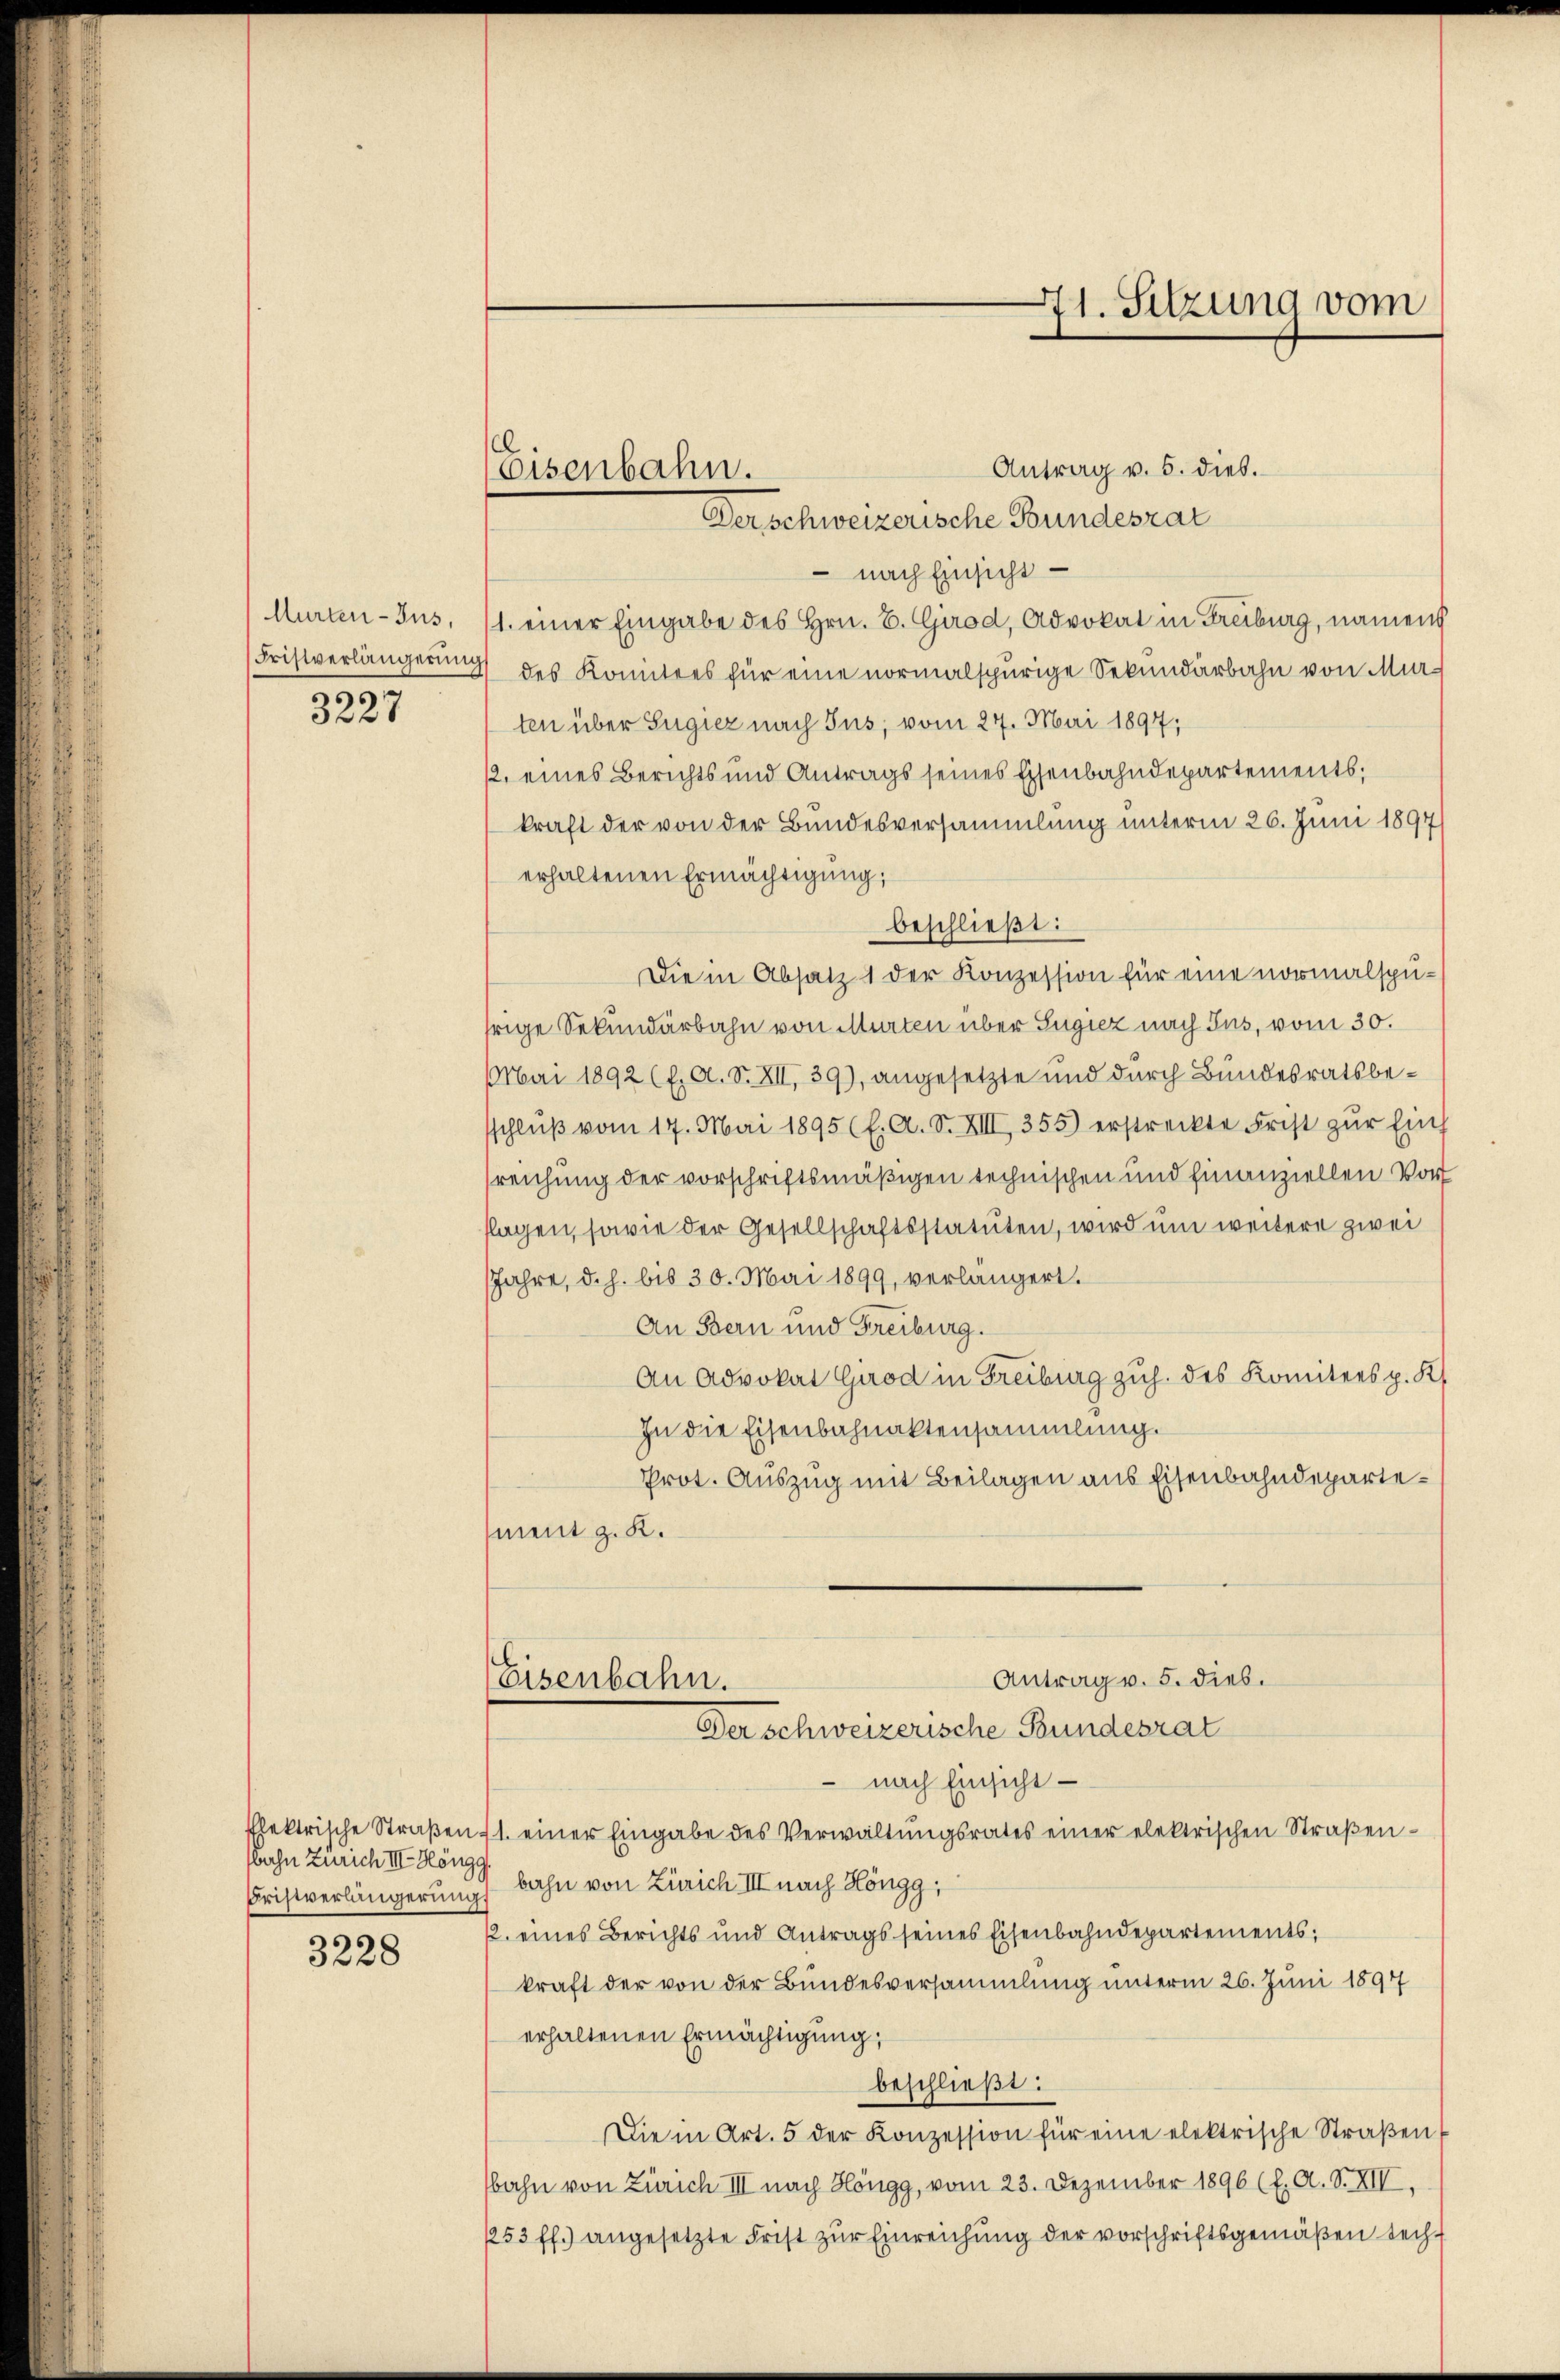
Aurten-Jus,
Fristverlängerung
3227

flektrische Straßen.
bahn Zürich III. Höngg
Fristverlängerung

3228

Eisenbahn.

Antrag v. 5. dies.
Derschweizerische Bundesrat
 nach Einsicht
1. einer Eingabe des Hrn. B. Girod, Advokat in Freiburg, namens
des Konntees für eine normalspurige Sekundärbahn von Murten über Sugiez nach Jus, vom 27. Mai 1897;
12. eines Berichts und Antrags seines Eisenbahndepartements;
kraft der von der Bundesversammlung unterm 26. Juni 1897
erhaltenen Ermächtigung;
beschließt:
Die in Absatz 1 der Konzession für eine normalspufrige Sekundärbahn von Murten über Zugiez nach Jus, vom 30.
Mai 1892 (l. A. S. XII, 39), angesetzte und durch Bundesratsbeschlŭβ vom 17. Mai 1895 (l. A. S. XIII 355) erstreckte Frist zŭr Einf
reichung der vorschriftsmäßigen technischen und hinanziellen Vor
flagen, sowie der Gesellschaftsstatuten, wird um weitere zwei
Jahre, d.h. bis 30. Mai 1899, verlängert.
An Bern und Freiburg.
An Advokat Girod in Freiburg zuh. des Komitees p. K
In die Eisenbahnaktensammlung.
Prot. Auszug mit Beilagen aus Eisenbahndepartement z. K.
Antrag v. 5. dieb.
Eisenbahn.
Der Schweizerische Bundesrat
- nach Einsicht
11. einer Eingabe des Verwaltŭngsrates einer elektrischen Straβen-
bahn von Zürich III nach Höngg,
12. eines Berichts und Antrags seines Eisenbahndepartements;
kraft der von der Bundesversammlung unterm 26. Juni 1894
erhaltenen Ermächtigung;
beschließt:
Die in Art. 5 der Konzession für eine elektrische Straβen
bahn von Zürich III nach Höngg, vom 23. Dezember 1896 (l. A. S. XII,
253 ff.) angesetzte Frist zŭr Einreichung der vorschriftsgemäßen secht

71. Sitzung vom